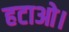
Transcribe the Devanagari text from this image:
हटाओ।